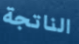
الناتجة